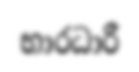
භාරධාරී